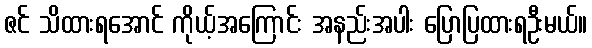
ဇင် သိထားရအောင် ကိုယ့်အကြောင်း အနည်းအပါး ပြောပြထားရဦးမယ်။